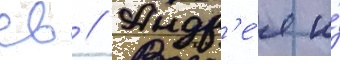
св // Андр'е́я и́